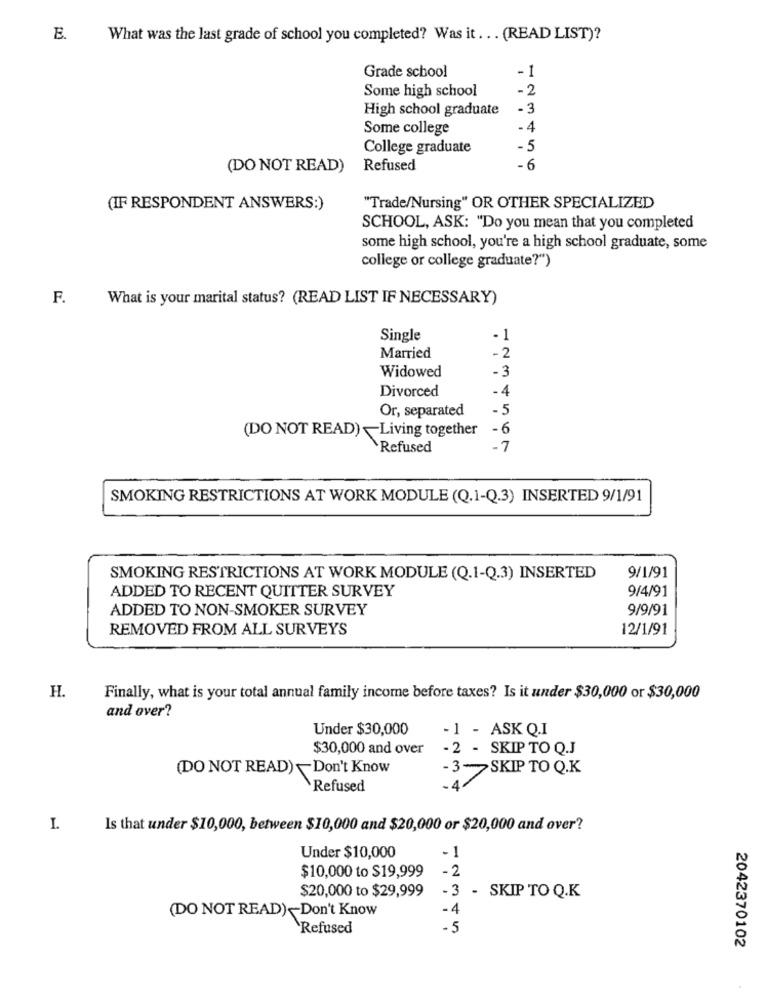
E.
What was the last grade of school you completed? Was it ... (READ LIST)?
Grade school
- 1
Some high school
-2
High school graduate
-3
Some college
College graduate
-5
(DO NOT READ)
Refused
-6
(IF RESPONDENT ANSWERS:)
"Trade/Nursing" OR OTHER SPECIALIZED
SCHOOL, ASK: "Do you mean that you completed
some high school, you're a high school graduate, some
college or college graduate?")
F.
What is your marital status? (READ LIST IF NECESSARY)
Single
. 1
Married
-2
Widowed
-3
Divorced
-4
Or, separated
-5
-6
(DO NOT READ) -Living together
Refused
SMOKING RESTRICTIONS AT WORK MODULE (Q.1-Q.3) INSERTED 9/1/91
9/1/91
SMOKING RESTRICTIONS AT WORK MODULE (Q.1-Q.3) INSERTED
9/4/91
ADDED TO RECENT QUITTER SURVEY
ADDED TO NON-SMOKER SURVEY
9/9/91
REMOVED FROM ALL SURVEYS
12/1/91
H.
Finally, what is your total annual family income before taxes? Is it under $30,000 or $30,000
and over?
Under $30,000
-1 - ASK Q.I
$30,000 and over
- 2 - SKIP TO Q.J
(DO NOT READ)-Don't Know
-3-SKIP TO Q.K
Refused
-4
I.
Is that under $10,000, between $10,000 and $20,000 or $20,000 and over?
Under $10,000
- 1
$10,000 to $19,999
-2
$20,000 to $29,999
- 3 - SKIP TO Q.K
. 4
(DO NOT READ)-Don't Know
Refused
. 5
2042370102